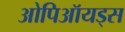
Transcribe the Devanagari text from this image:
ओपिऑयड्स